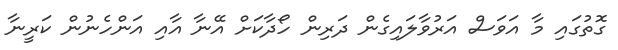
ގޮތުގައި މާ އަވަސް އަރުވާލައިގެން ދަރިން ހޯދާކަށް އޭނާ އާއި އަންހެނުން ކަރީނާ